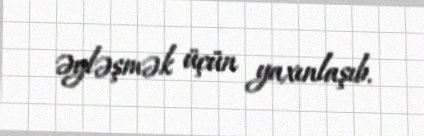
əyləşmək üçün yaxınlaşıb.